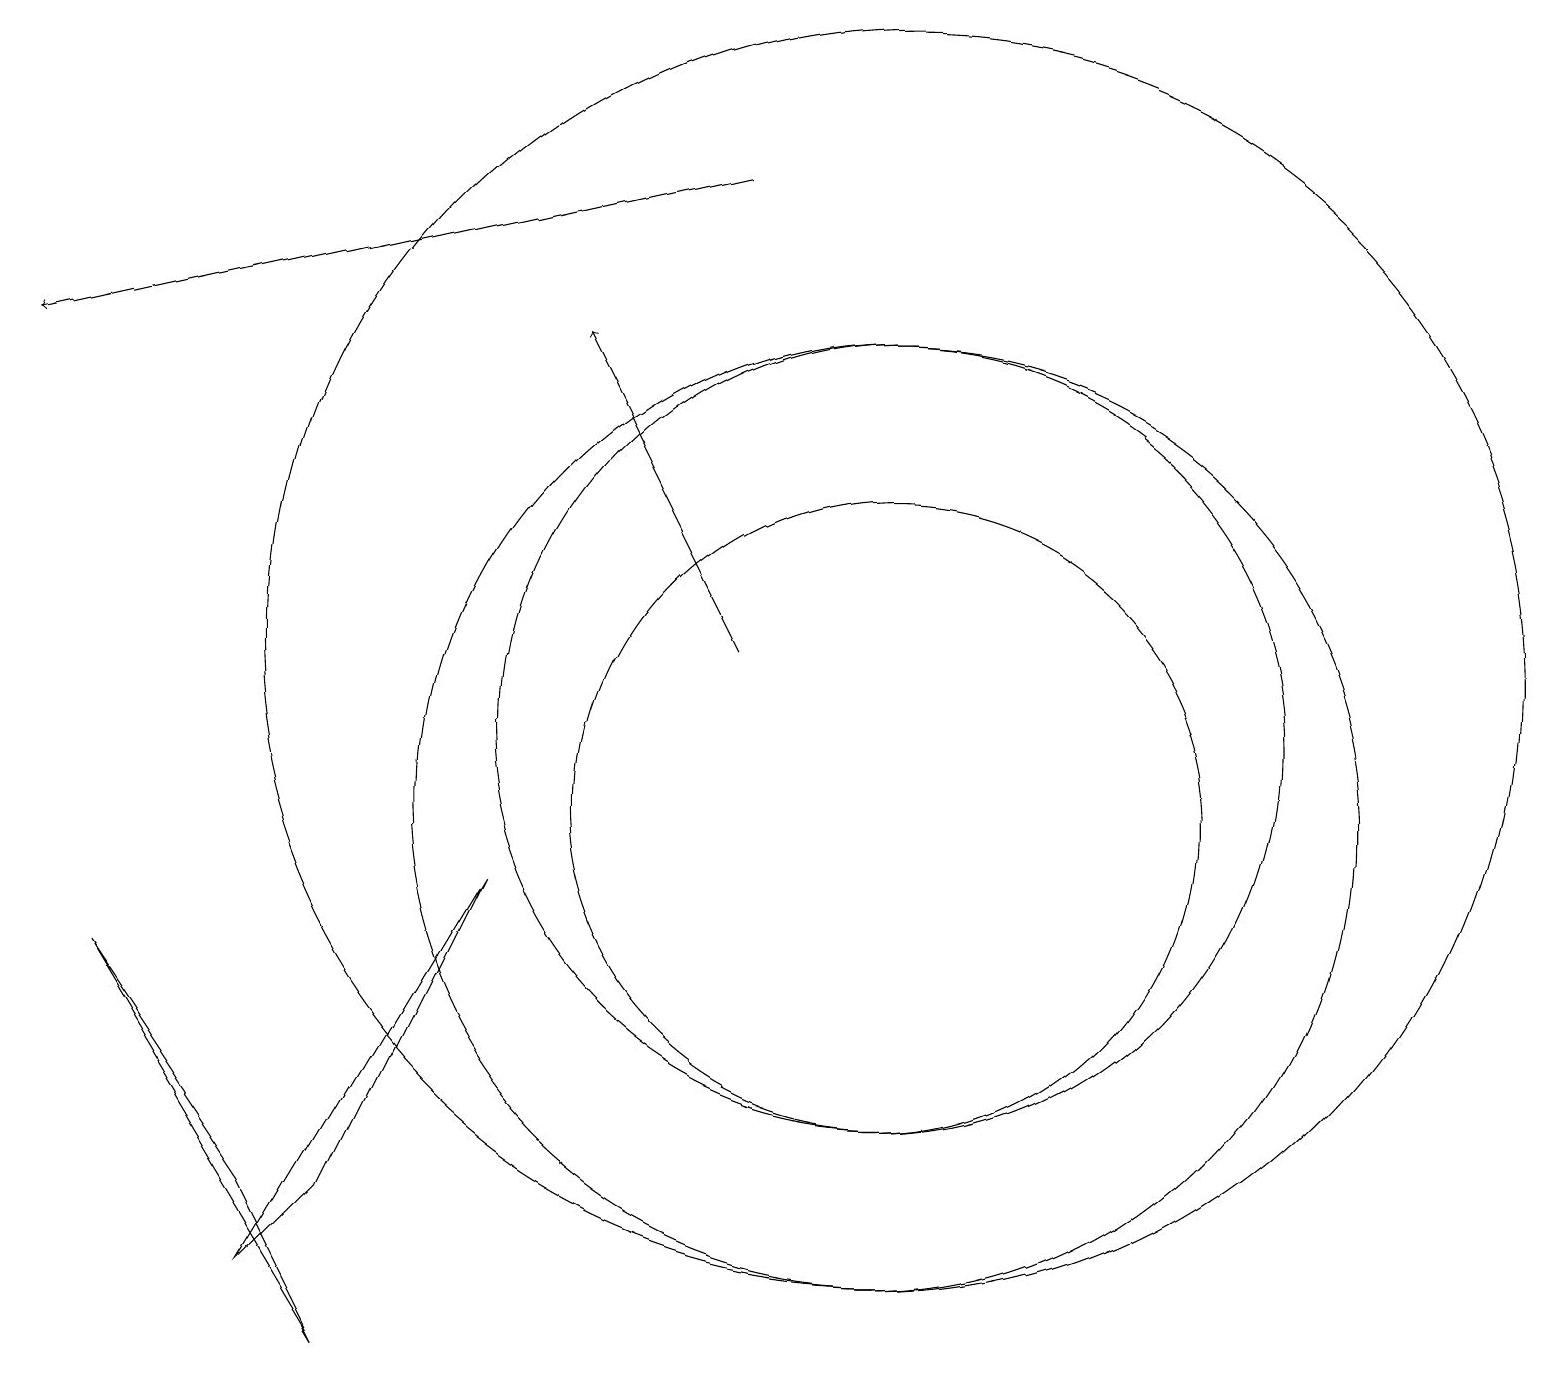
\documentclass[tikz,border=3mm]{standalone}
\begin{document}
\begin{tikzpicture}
\draw (11,10) circle (6);
\draw (3,4) -- (4,5) -- (6,9) -- cycle;
\draw[->] (9,12) -- (7,16);
\draw[->] (9,18) -- (0,16);
\draw (11,11) circle (5);
\draw (11,12) circle (8);
\draw (11,10) circle (4);
\draw (4,3) -- (1,8) -- (3,5) -- cycle;
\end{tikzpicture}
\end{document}